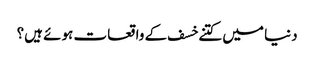
دنیا میں کتنے خسف کے واقعات ہوئے ہیں؟